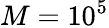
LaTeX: M=10^{5}